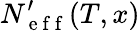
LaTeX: N_{\mathrm{~e~f~f~}}^{\prime}(T,x)